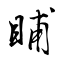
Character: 䀯